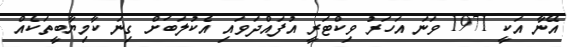
އޭނާ އަކީ 1971 ވަނަ އަހަރު ވިކްޓަރީ އުފައްދަވައި އެކުލަބަށް ގިނަ ކާމިޔާބީތަކެއް